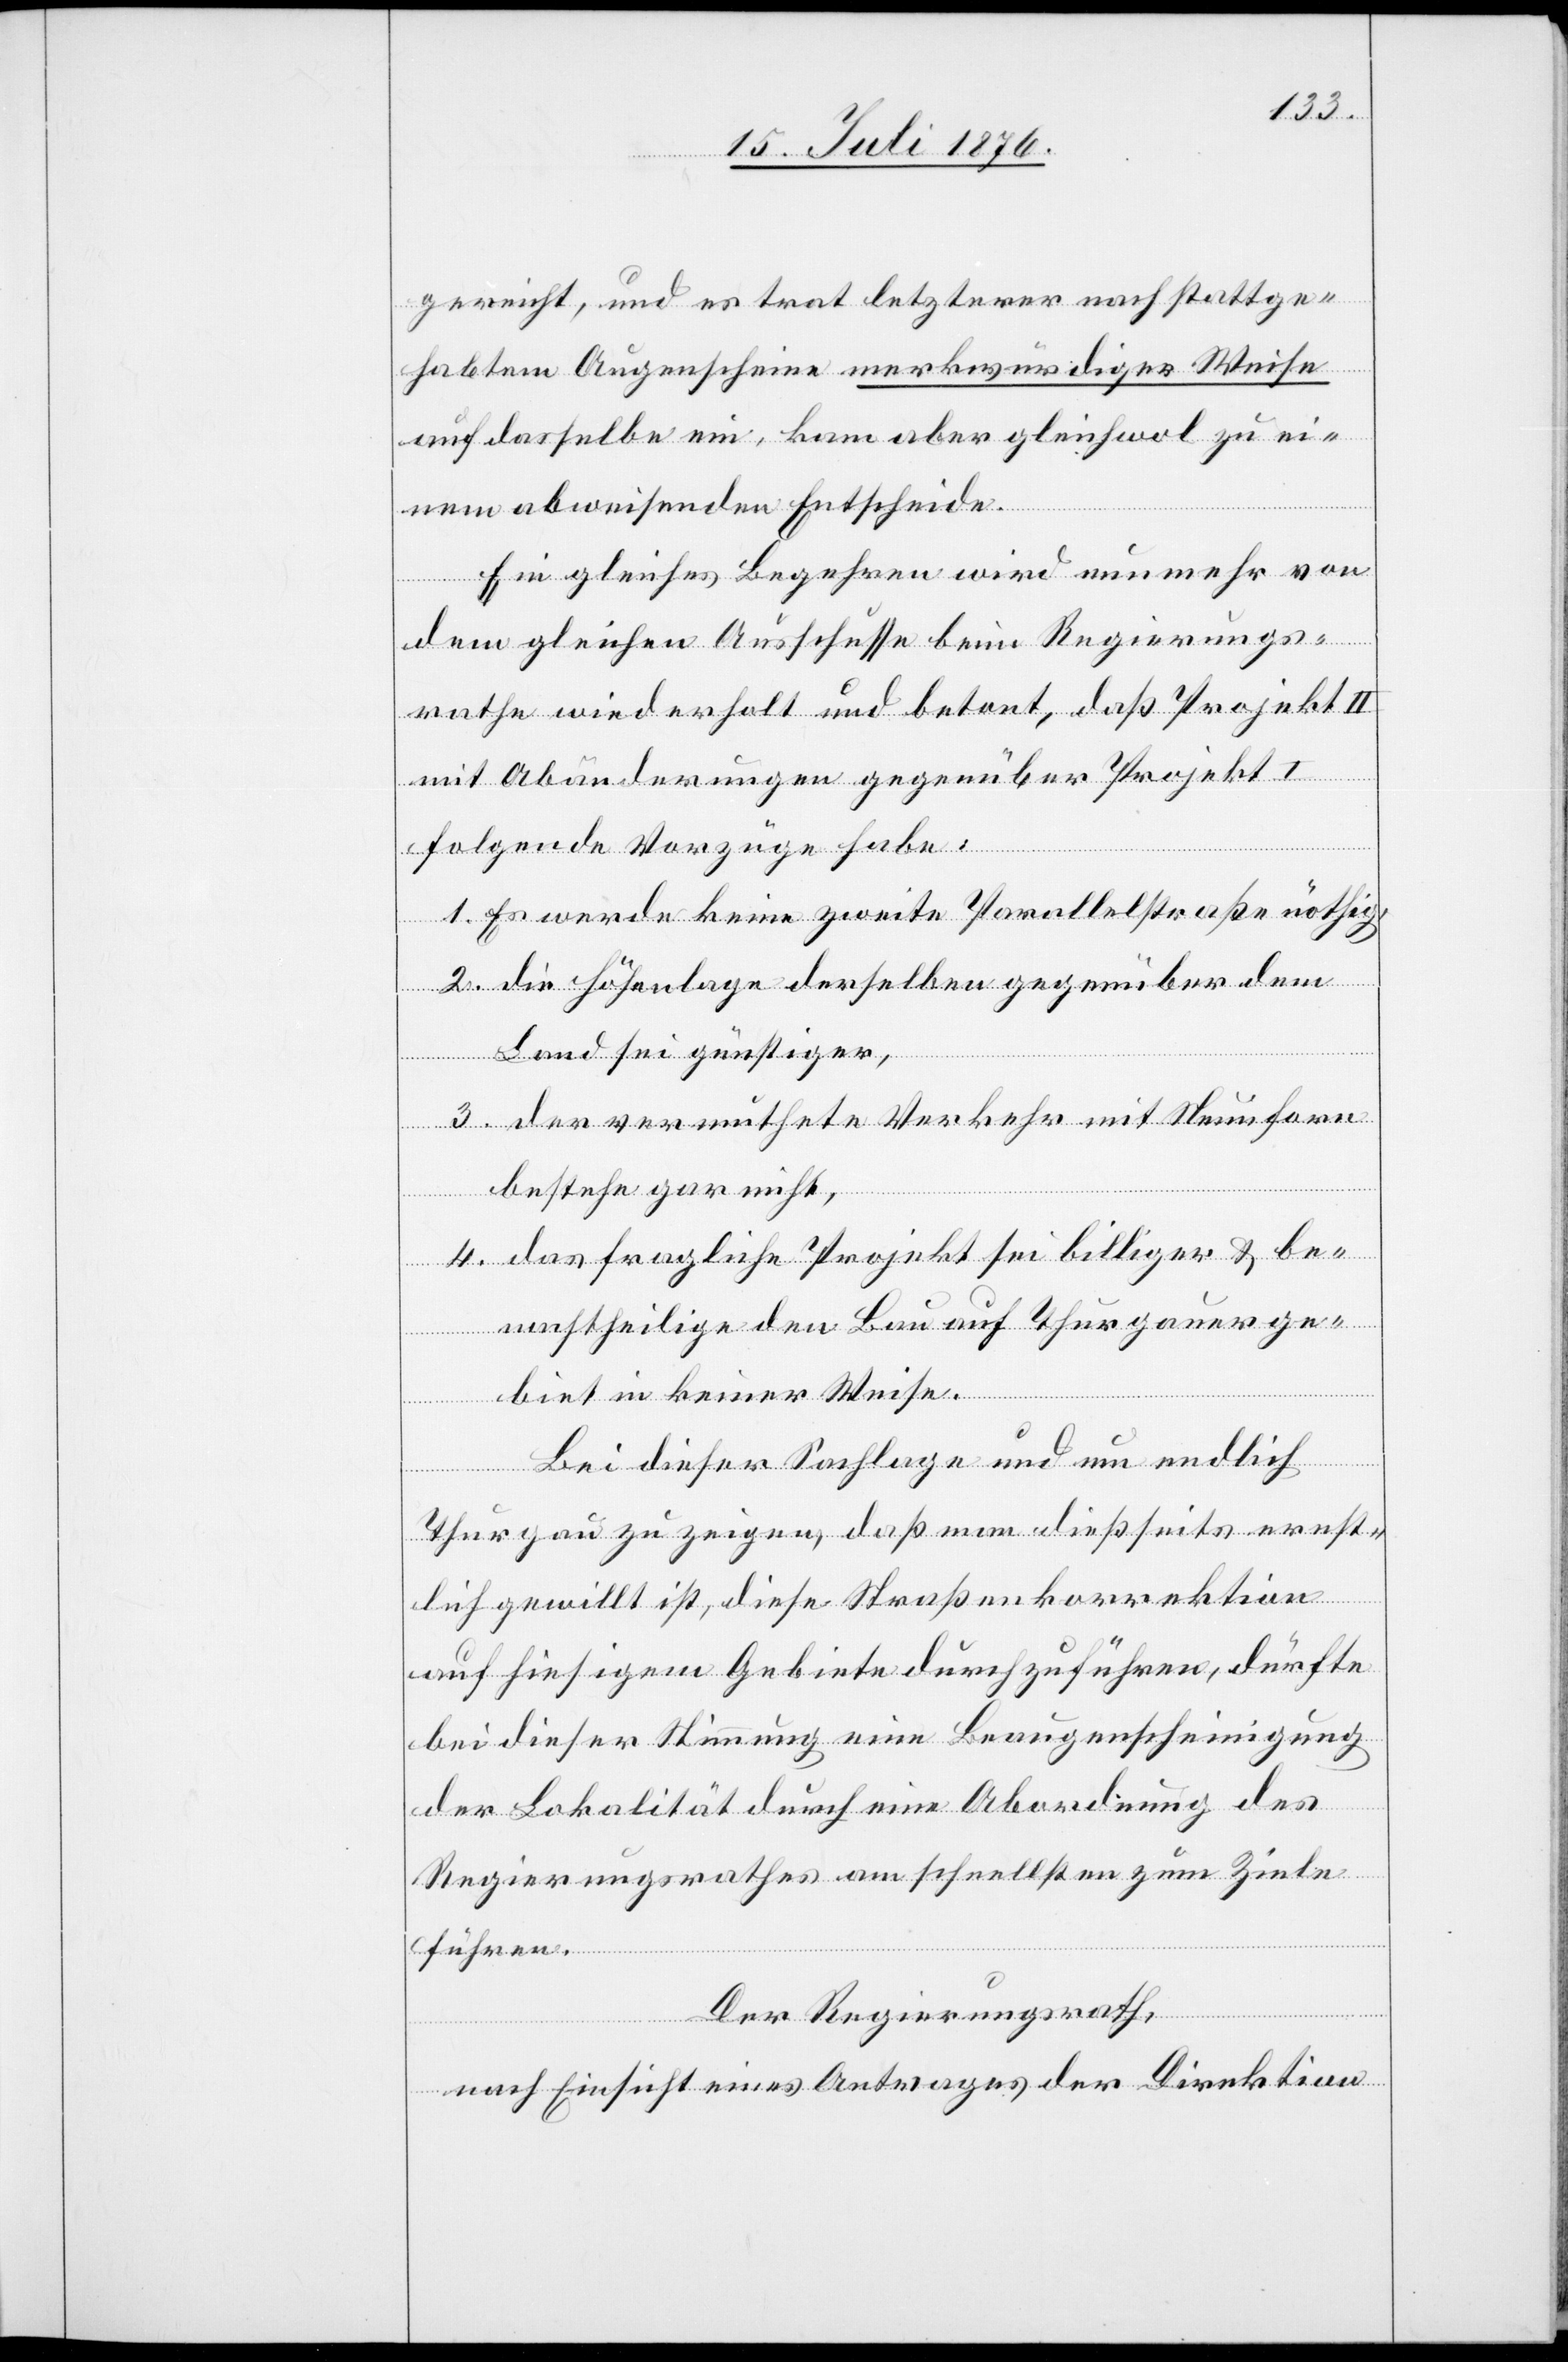
gereicht, und es trat letzterer nach stattge¬
habtem Augenscheine merkwürdiger Weise
auf dasselbe ein, kam aber gleichwol zu ei¬
nem abweisenden Entscheide.
Ein gleiches Begehren wird nunmehr von
dem gleichen Ausschusse beim Regierungs¬
rathe wiederholt und betont, daß Projekt II
mit Abänderungen gegenüber Projekt I
folgende Vorzüge habe:
1. Es werde keine zweite Parallelstraße nöthig,
2. die Höhenlage derselben gegenüber dem
Land sei günstiger,
3. der vermuthete Verkehr mit Neunforn
bestehe gar nicht,
4. das fragliche Projekt sei billiger & be¬
nachtheilige den Bau auf Thurgauerge¬
biet in keiner Weise.
Bei dieser Sachlage und um endlich
Thurgau zu zeigen, das man diesseits ernst¬
lich gewillt ist, diese Straßenkorrektion
auf hiesigem Gebiete durchzuführen, dürfte
bei dieser Stimmung eine Beaugenscheinigung
der Lokalität durch eine Abordnung des
Regierungsrathes am schnellsten zum Ziele
führen.
Der Regierungsrath,
nach Einsicht eines Antrages der Direktion